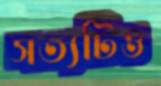
সত্যটিও